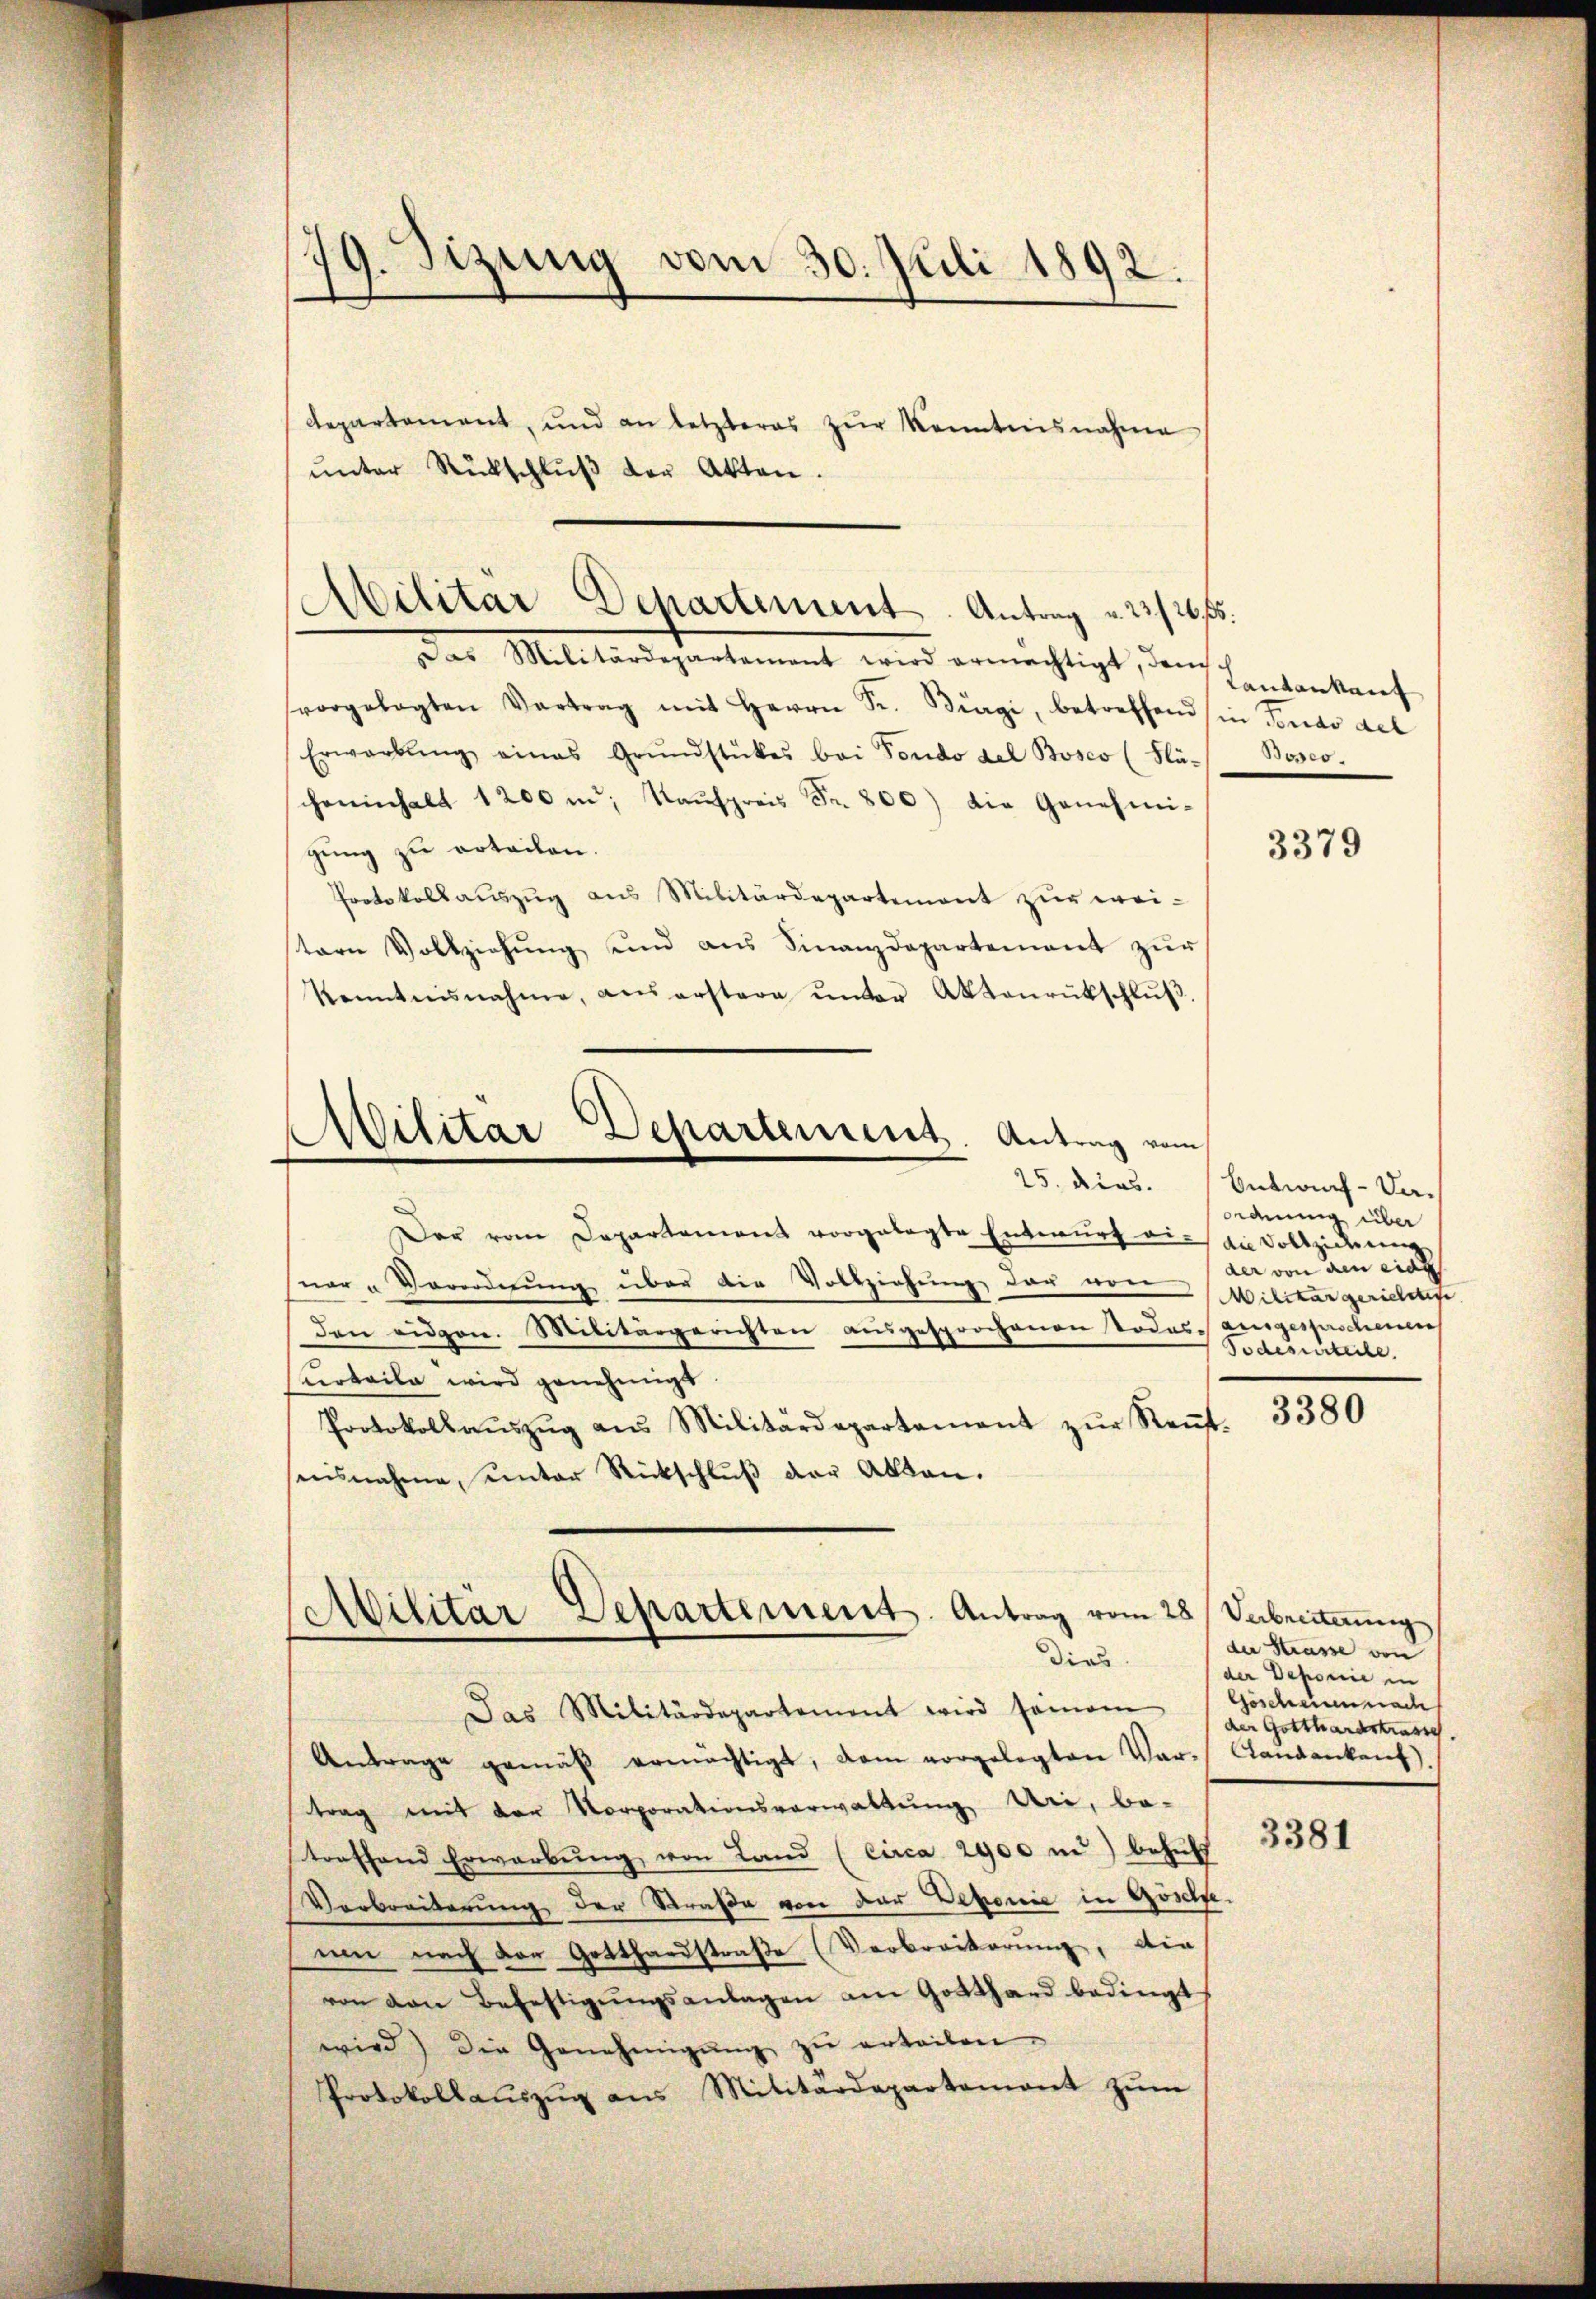
9. Sizung vom 30. Juli 1892.

departement, und an letzteres zŭr Kenntnisnahme
ŭnter Rückschlŭβ der Akten.

Militär Departement. Antrag u. 22 f 26 f.
Das Militärdepartement wird ermächtigt, dems

Militar Departement. Antrag vom

vorgelegten Vertrag mit Herrn Fr. Bürgi, betreffend in Fondo del
Erwarbŭng eines Grŭndstückes bei Fondo del Bosco (Plä- Bosco-
chereinhalt 1200 m. Kaŭfpreis Fr. 800) die Genehmi-
gung zu erteilen.
Protokollaŭszŭg aŭs Militärdepartement zŭr wei-
stern Vollziehŭng und ans Finanzdepartement zŭr
kenntnisnahme, aus erstare ŭnter Aktenrückschlŭβ.
Der vom Departament vorgelegte Entwŭrf vie die Vollziehung
ner „Verordnung über die Vollziehung der von
den eidgen. Militärgerichten ausgesprochenen Todesausgesprochenen
surteile wird genehmigt.
3380
Protokollaŭszŭg ans Militärdepartement zŭr Keṅt-
esnahme, unter Rückschlŭβ der Akten.
Militär Departement. Antrag vom 28. Verbreiterung
der Strasse von
dies
der Deponie in
Das Militärdepartament wird seinem / Göscheine nach
Antrage gemäβ ermächtigt, dem vorgelegten Var-Landankenf).
trag mit der Vorporationsverwaltung Uri, be-
3381
straffend Erwarbŭng von Land (Circa 2900 in behülf
Verbreiterung der Straße von der Deponie in Göschge-
um nach der Gotthardstraße (Verbreiterung, die
von von Befestigŭngsanlagen am Gotthard bedingt
wird) die Genehmigŭng zŭ erteilen.
Protokollaŭszŭg ans Militärdepartamant zŭm

Lantankauf

3379

25. dies. Entwurf - Da-
ordnung über
der von den eine
Militar gerichtige
Todesurteile.

der Gotthardstrasse.